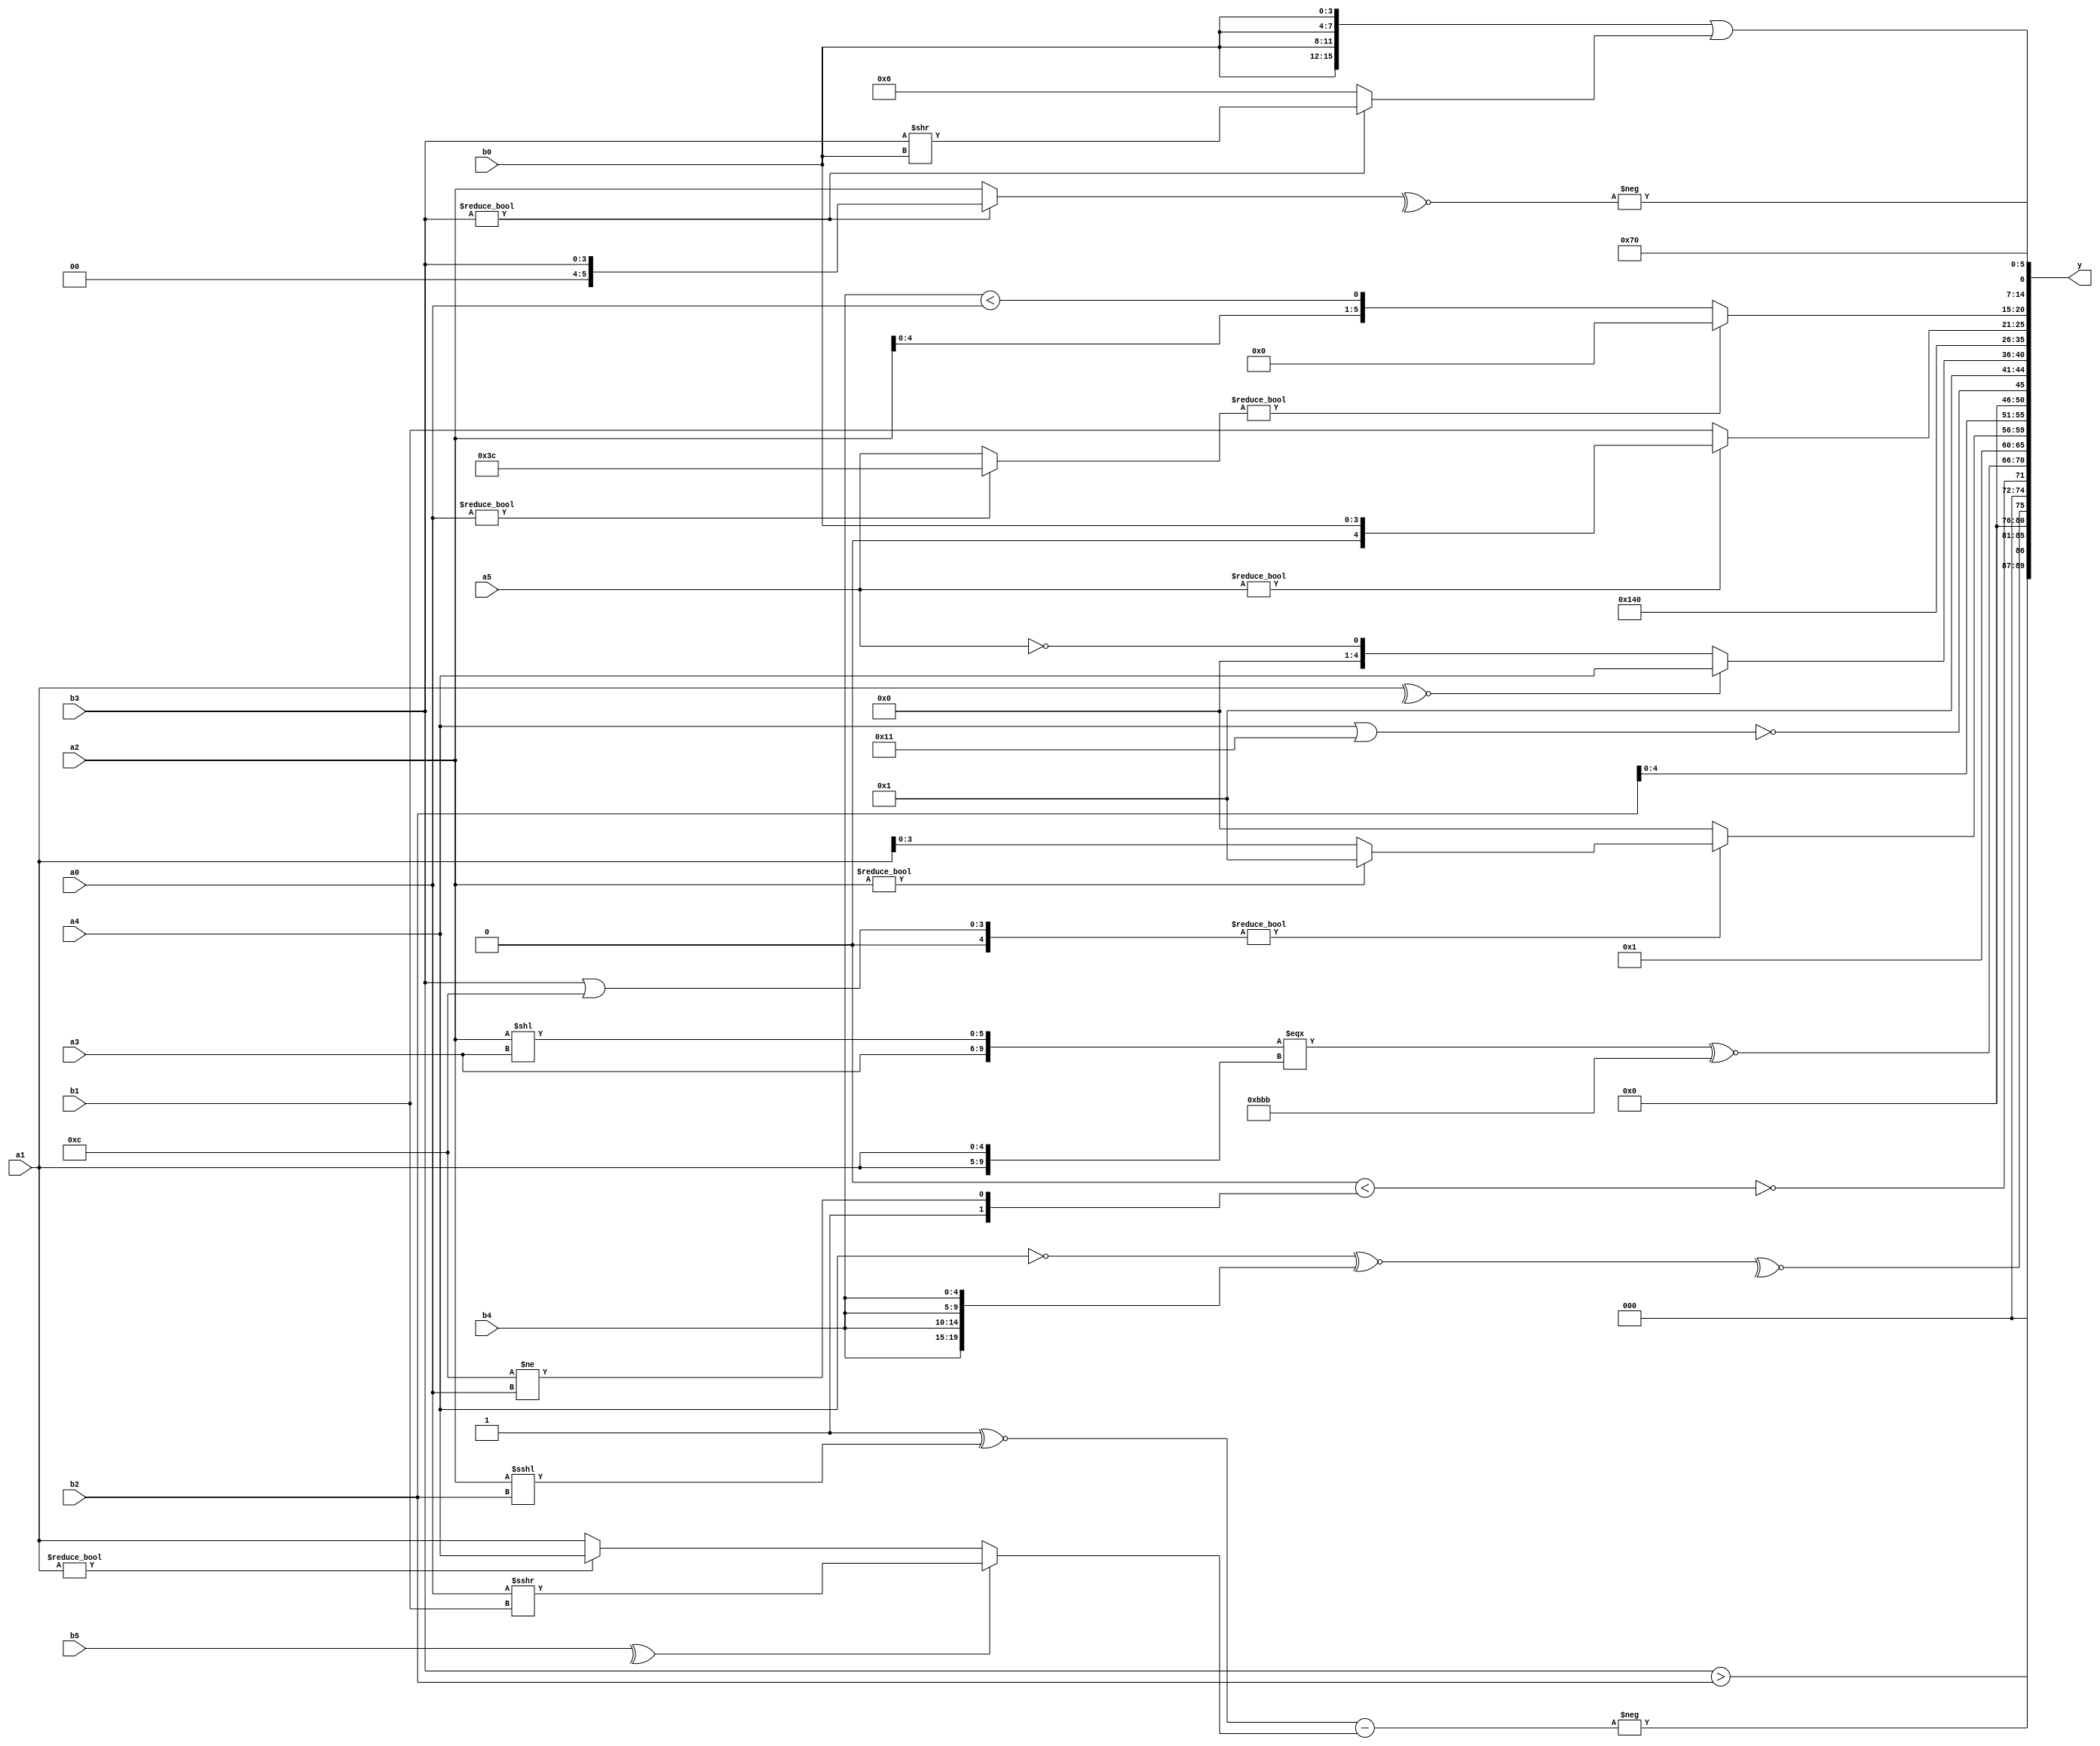
module expression_00107(a0, a1, a2, a3, a4, a5, b0, b1, b2, b3, b4, b5, y);
  input [3:0] a0;
  input [4:0] a1;
  input [5:0] a2;
  input signed [3:0] a3;
  input signed [4:0] a4;
  input signed [5:0] a5;

  input [3:0] b0;
  input [4:0] b1;
  input [5:0] b2;
  input signed [3:0] b3;
  input signed [4:0] b4;
  input signed [5:0] b5;

  wire [3:0] y0;
  wire [4:0] y1;
  wire [5:0] y2;
  wire signed [3:0] y3;
  wire signed [4:0] y4;
  wire signed [5:0] y5;
  wire [3:0] y6;
  wire [4:0] y7;
  wire [5:0] y8;
  wire signed [3:0] y9;
  wire signed [4:0] y10;
  wire signed [5:0] y11;
  wire [3:0] y12;
  wire [4:0] y13;
  wire [5:0] y14;
  wire signed [3:0] y15;
  wire signed [4:0] y16;
  wire signed [5:0] y17;

  output [89:0] y;
  assign y = {y0,y1,y2,y3,y4,y5,y6,y7,y8,y9,y10,y11,y12,y13,y14,y15,y16,y17};

  localparam [3:0] p0 = ((-3'sd1)/(2'd1));
  localparam [4:0] p1 = {{(5'd11)},(~(4'd9)),(&(5'd14))};
  localparam [5:0] p2 = (2'sd0);
  localparam signed [3:0] p3 = (~^{(&(((5'd15)?(3'd6):(3'd7))>=(!((3'sd2)?(3'd2):(3'd5)))))});
  localparam signed [4:0] p4 = (((~^{4{(-2'sd1)}})-{1{(|{3{(2'sd0)}})}})=={1{{3{{2{(-5'sd11)}}}}}});
  localparam signed [5:0] p5 = {1{{(((4'd8)!=(5'd2))<((5'sd2)|(-3'sd2)))}}};
  localparam [3:0] p6 = (!{{({(4'd15),(-4'sd3)}?{4{(4'sd2)}}:((-5'sd6)?(3'd6):(4'd8)))}});
  localparam [4:0] p7 = (((4'sd2)?(4'sd0):(5'sd13))!=((5'd1)|(-5'sd8)));
  localparam [5:0] p8 = {2{((((4'd1)?(5'd12):(4'sd3))|((-2'sd0)-(4'd5)))>(((-2'sd0)?(2'd0):(-4'sd7))<=((4'd6)<<<(5'd16))))}};
  localparam signed [3:0] p9 = {(2'd1),(4'sd1)};
  localparam signed [4:0] p10 = (^(~((-((5'd14)?(3'sd1):(-5'sd3)))?(!(~|(~(2'd1)))):(&((4'sd5)?(2'd1):(-5'sd6))))));
  localparam signed [5:0] p11 = {((3'sd3)?(3'd1):(-5'sd13)),({(5'd18),(3'sd2),(3'd3)}>>((2'sd1)&&(4'sd3)))};
  localparam [3:0] p12 = {2{{(-5'sd13),(4'sd2)}}};
  localparam [4:0] p13 = ((2'sd1)?((~|(2'sd0))?(5'd17):(5'sd7)):(!(-((-3'sd0)?(3'd5):(2'sd1)))));
  localparam [5:0] p14 = ((!(+(6'd2 * (3'd0))))&((~^(~^(&(4'd8))))<<(~&(~((4'sd5)?(2'sd1):(5'd3))))));
  localparam signed [3:0] p15 = ((5'd2 * ((4'd8)>(4'd15)))-({4{(4'sd4)}}-((-4'sd2)===(5'sd11))));
  localparam signed [4:0] p16 = (&((!(&((3'd2)?(2'd1):(4'd11))))>>>((^(3'd3))<<((5'd20)|(4'd8)))));
  localparam signed [5:0] p17 = ((|(&(~|((2'd1)?(2'sd0):(-4'sd6)))))===(~^(((-2'sd1)!=(3'sd2))&(-(+(4'sd4))))));

  assign y0 = (&{2{{4{(b3>b2)}}}});
  assign y1 = (-(((~&(a1!==a1))^~(a2<<<b2))-((^b5)?(a0>>>b1):(a1?a4:a1))));
  assign y2 = (~^({1{(~a4)}}^~{4{b4}}));
  assign y3 = (^(~^((!((!p8)?(p9?p4:p8):{4{p0}}))<{(~^(&p12)),(p1!=a0)})));
  assign y4 = (({$signed(a3),(a2<<a3)}===$unsigned({{2{a1}}}))^~{1{{3{(4'd11)}}}});
  assign y5 = (|{(+(3'd1)),(((b4?a2:a0))>>(p9?p14:p14)),(!((a2?p6:a4)?(a2?p6:p16):(4'sd6)))});
  assign y6 = {(((p3>>>p14)?{p1}:{p3})<{(a3?a3:p15),(p9<<p9)}),((b3|p1)?(a2?p13:a1):{a3,p2,p2})};
  assign y7 = $signed({({$signed(({p12,b4}))}),{{(p11)},$signed({p15,p6})},{$unsigned($signed(p14)),$signed({p6,b1,b2})}});
  assign y8 = ((!(|((+$unsigned($unsigned(((p10?a1:p15)?(a4||p13):(p1)))))))));
  assign y9 = (+(|(~&((^($signed(p7)>=(~p6)))<<((|(p3<p2))<<$unsigned((p8>>p13)))))));
  assign y10 = ((~^a1)?(p14?a2:a4):(!a5));
  assign y11 = {1{(5'd20)}};
  assign y12 = (((5'd27)>>>(4'sd2))>>({3{p6}}-(5'sd7)));
  assign y13 = (a5?b0:b1);
  assign y14 = {{({$signed((a0?p15:a5))}?(2'sd0):{(a2),(b4<a0)})}};
  assign y15 = {2{{({p15}>>{1{p6}}),(-3'sd1)}}};
  assign y16 = ({{4{b0}}}||({1{b3}}?(b3>>b0):(3'd6)));
  assign y17 = (-(&(~^(+(b3?b3:a2)))));
endmodule